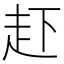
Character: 𧺒